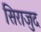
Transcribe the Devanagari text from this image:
सिराजुद